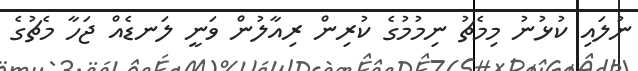
ނުލައި ކުޅުނު މިމެޗު ނިމުމުގެ ކުރިން ރިއާލުން ވަނީ ލަނޑެއް ޖަހާ މެޗުގެ